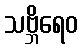
သဗ္ဘိရေဝ